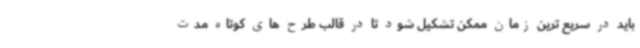
باید در سریع ترین زمان ممکن تشکیل شود تا در قالب طرح های کوتاه مدت